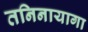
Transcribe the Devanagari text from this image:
तनिनायागा